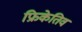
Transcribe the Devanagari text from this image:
फ्रिकेतिव